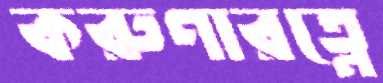
করুণারত্নে